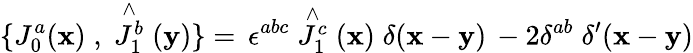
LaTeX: \{ J_{0}^{a}(\mathbf{x})\; ,\; \stackrel{\wedge}{J_{1}^{b}}(\mathbf{y})\} =\, \epsilon^{abc}\stackrel{\wedge}{J_{1}^{c}}(\mathbf{x})\; \delta(\mathbf{x}-\mathbf{y})\, -2\delta^{ab}\; \delta^{\prime}(\mathbf{x}-\mathbf{y})